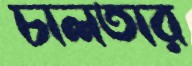
চালতার